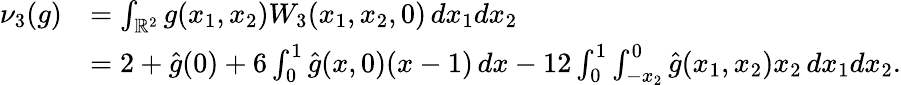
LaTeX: \begin{array}{rl}{\nu_{3}(g)}&{=\int_{\mathbb{R}^{2}}g(x_{1},x_{2})W_{3}(x_{1},x_{2},0)\, dx_{1}dx_{2}}\\ &{=2+\widehat g(0)+6\int_{0}^{1}\widehat g(x,0)(x-1)\, dx-12\int_{0}^{1}\int_{-x_{2}}^{0}\widehat g(x_{1},x_{2})x_{2}\, dx_{1}dx_{2}.}\end{array}